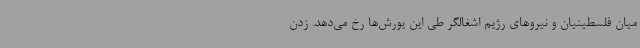
میان فلسطینیان و نیروهای رژیم اشغالگر طی این یورش‌ها رخ می‌دهد. زدن